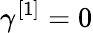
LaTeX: \gamma^{[1]}=0